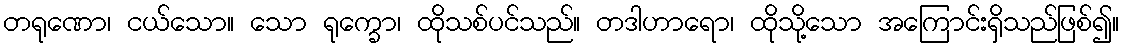
တရုဏော၊ ငယ်သော။ သော ရုက္ခော၊ ထိုသစ်ပင်သည်။ တဒါဟာရော၊ ထိုသို့သော အကြောင်းရှိသည်ဖြစ်၍။